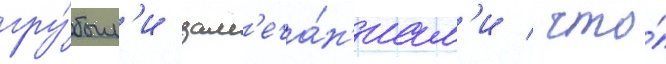
гру́бым'и зам'еча́н'иам'и / что́